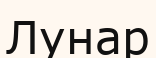
Лунар